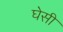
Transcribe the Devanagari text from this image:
घेसी